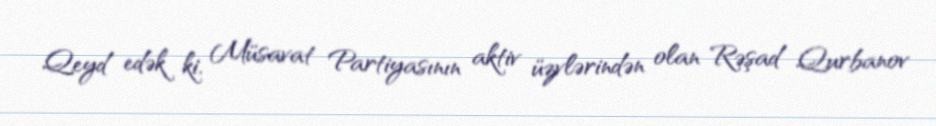
Qeyd edək ki, Müsavat Partiyasının aktiv üzvlərindən olan Rəşad Qurbanov